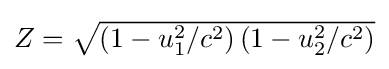
{\textstyle Z={\sqrt {\left(1-u_{1}^{2}/c^{2}\right)\left(1-u_{2}^{2}/c^{2}\right)}}}